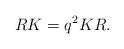
LaTeX: \begin{align*}RK = q^2 KR.\end{align*}